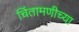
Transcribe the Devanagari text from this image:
चिंतामणीच्या